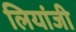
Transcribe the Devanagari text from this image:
लियांजी